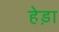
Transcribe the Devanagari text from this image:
हेड़ा